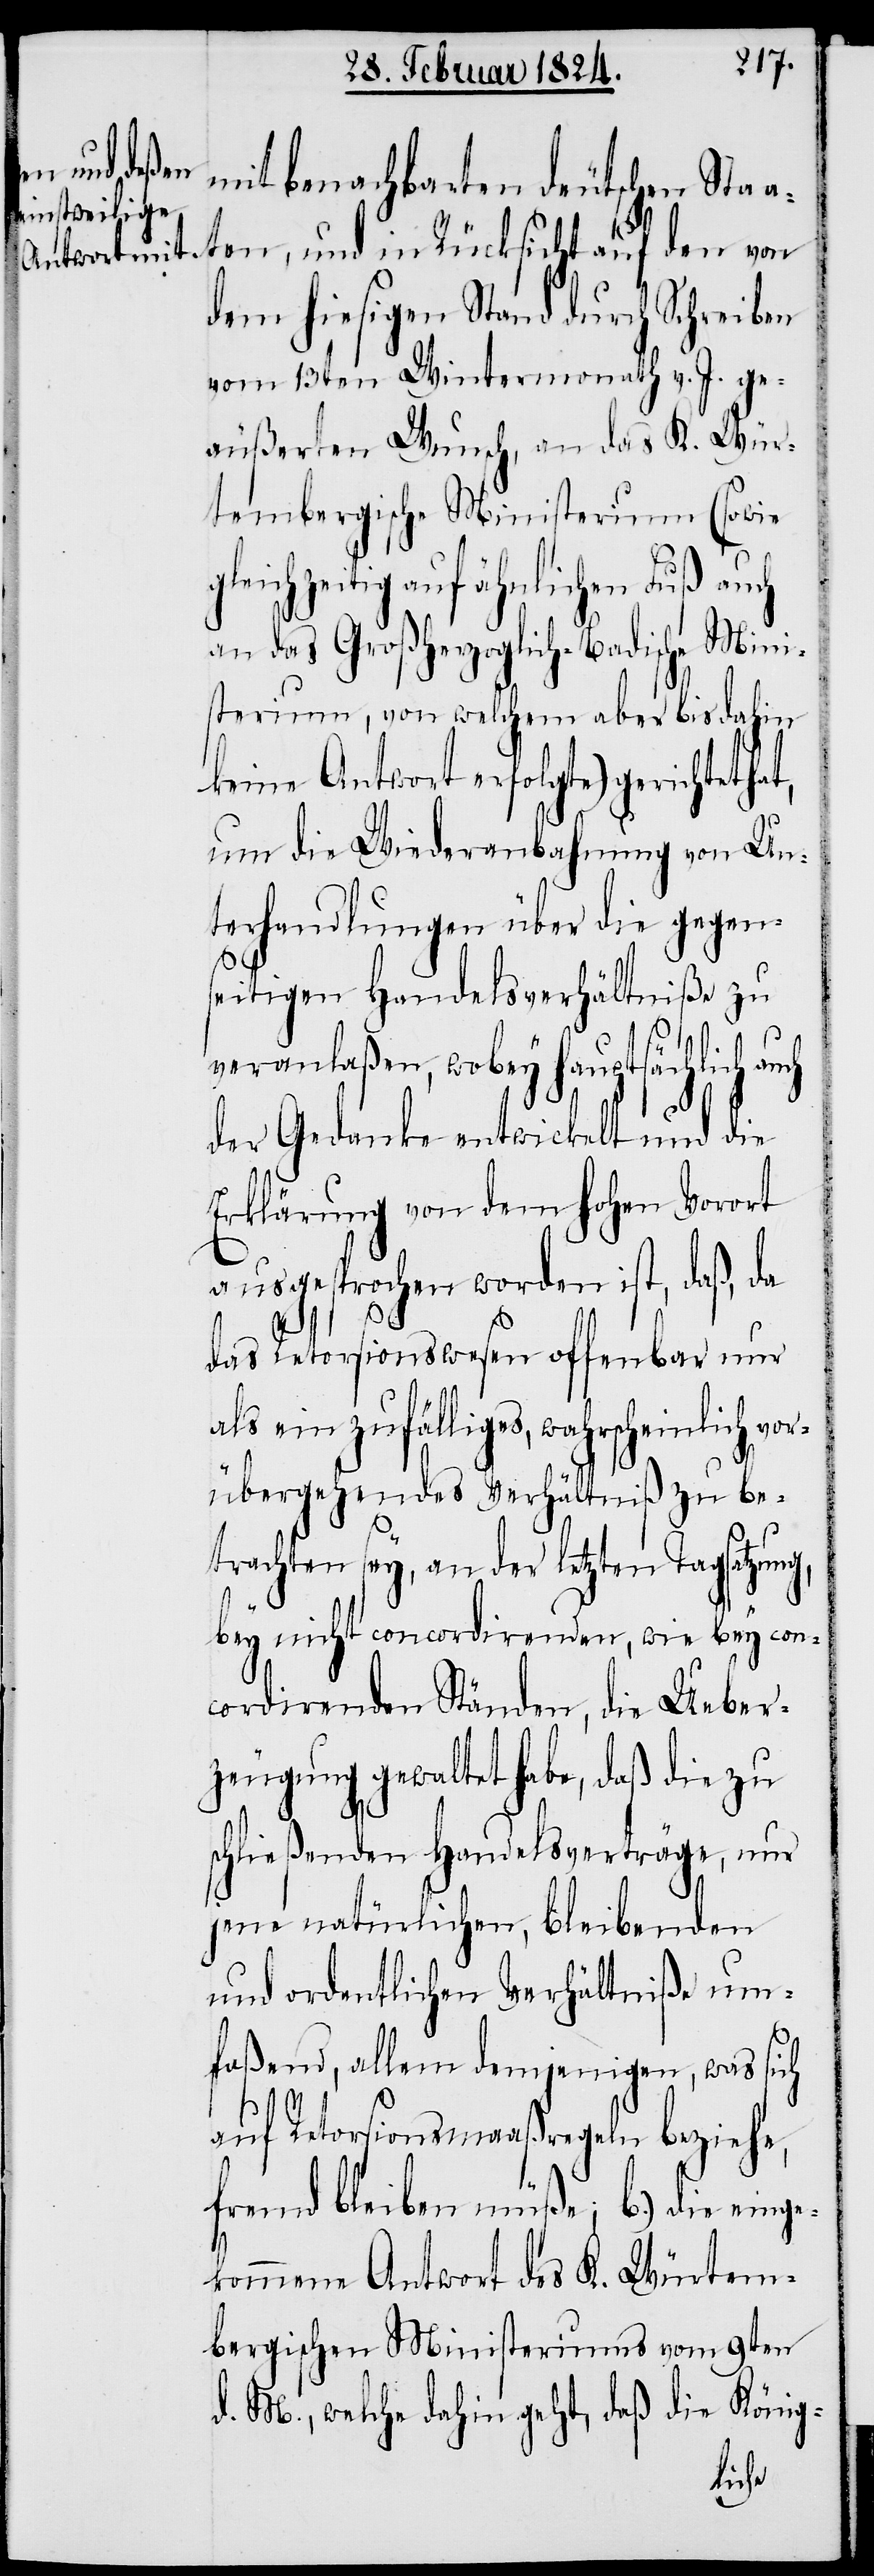
mit benachbarten deutschen Sta¬
aten, und in Rücksicht auf den von
dem hiesigen Stand durch Schreiben
vom 13ten Wintermonath v. J. ge¬
äußerten Wunsch, an das K. Wür¬
tembergische Ministerium (sowie
ichzeitig auf ähnlichen Fuß auch
an das Großherzoglich-Badische Mini¬
sterium, von welchem aber bis dahin
keine Antwort erfolgte) gerichtet
um die Wiederanbahnung von Un¬
terhandlungen über die gegen¬
seitigen Handelsverhältniße zu
veranlaßen, wobey hauptsäch¬
der Gedanke entwickelt und die
Erklärung von dem hohen Vorort
ausgesprochen worden ist, daß da
das Retorsionswesen offenbar nur
als ein zufälliges, wahrscheinlich vor¬
übergehendes Verhältniß zu be¬
trachten sey, an der letzten Tagsatzun¬
bey nicht concordirenden, wie bey con¬
cordirenden Ständen, die Ueber¬
zeugung gewaltet habe, daß die zu
schließenden Handelsverträge, nur
jene natürlichen, bleibenden
und ordentlichen Verhältniße um¬
faßend, allem demjenigen, was sich
auf Retorsionsmaaßregeln beziehe,
fremd bleiben müße, b.) die eing¬
ekommene Antwort des K. Würtem¬
bergischen Ministeriums vom 9ten
d. M., welche dahin geht, daß die König-
lich

g,